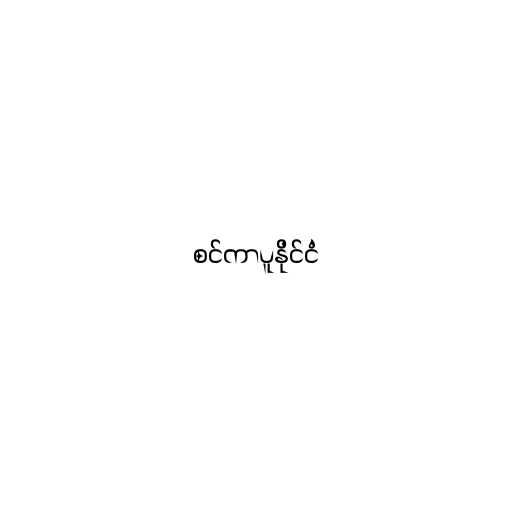
စင်ကာပူနိုင်ငံ